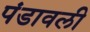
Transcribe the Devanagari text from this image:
पंडावली